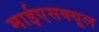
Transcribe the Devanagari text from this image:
माईएसक्यूल